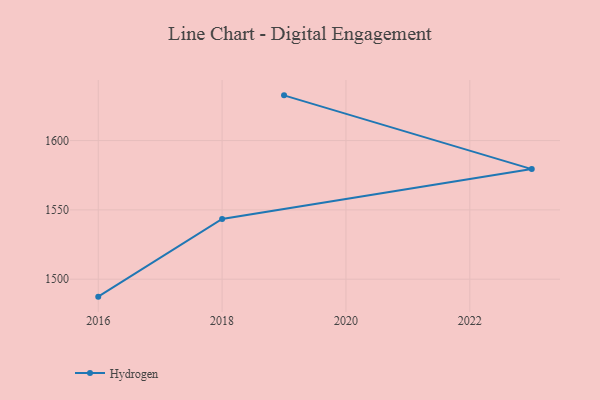
{"axis": {"x": "Year", "y": "Temperature (°C)"}, "legend": ["Hydrogen"], "data": [{"x": "2016", "y": 1487.4, "type": "Hydrogen"}, {"x": "2018", "y": 1543.4, "type": "Hydrogen"}, {"x": "2023", "y": 1579.4, "type": "Hydrogen"}, {"x": "2019", "y": 1632.6, "type": "Hydrogen"}]}